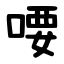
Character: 喓